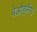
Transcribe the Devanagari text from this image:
बेऔहर्नैस